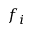
f _ { i }